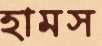
হামস